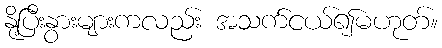
နို့ပြီးနွားများကလည်း အသက်ငယ်၍မဟုတ်။